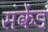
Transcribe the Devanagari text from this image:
संकेंड